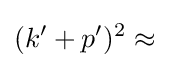
(k'+p')^{2}\approx